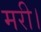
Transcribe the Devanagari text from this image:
मरी।